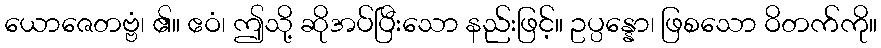
ယောဇေတဗ္ဗံ၊ ၏။ ဧဝံ၊ ဤသို့ ဆိုအပ်ပြီးသော နည်းဖြင့်။ ဥပ္ပန္နော၊ ဖြစသော ဝိတက်ကို။